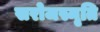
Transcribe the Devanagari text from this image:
सरोजस्मृति